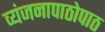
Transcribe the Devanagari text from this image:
व्यंजनापाठोपाठ